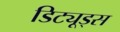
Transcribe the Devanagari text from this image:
डिट्यूड्स